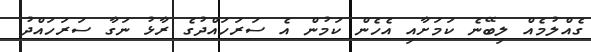
ގެއްލުމެއް ލިބޭނެ ކަމަށާއި އެހެން ކަމުން އެ ސަރަހައްދުގެ ރާޅު ނަގާ ސަރަހައްދު